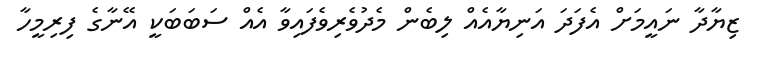
ޒިޔާދާ ނައީމަށް އެފަދަ އަނިޔާއެއް ލިބެން މެދުވެރިވެފައިވާ އެއް ސަބަބަކީ އޭނާގެ ފިރިމީހާ